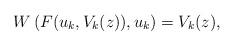
LaTeX: \begin{align*}W\left( F(u_k,V_k(z)),u_k\right) =V_k(z), \end{align*}